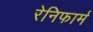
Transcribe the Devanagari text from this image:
रेनिफार्म